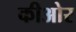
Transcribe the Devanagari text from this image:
कीओर